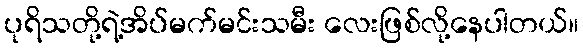
ပုရိသတို့ရဲ့အိပ်မက်မင်းသမီး လေးဖြစ်လို့နေပါတယ်။